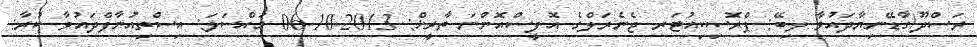
ރަސްދޫ/ގާޑޭނިޔާދައުވާ ލިބޭ: ޕްރޮސިކިއުޓަރ ޖެނެރަލްގެ އޮފީސްއޮންނަ ތާރީޚް: 2013-10-06 މައްސަލަ: އިސްތިއުނާފްދައުވާ ކުރާ: